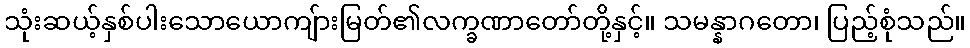
သုံးဆယ့်နှစ်ပါးသောယောကျ်ားမြတ်၏လက္ခဏာတော်တို့နှင့်။ သမန္နာဂတော၊ ပြည့်စုံသည်။